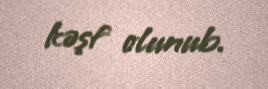
kəşf olunub.